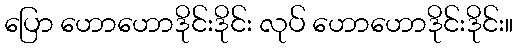
ပြော ဟောဟောဒိုင်းဒိုင်း လုပ် ဟောဟောဒိုင်းဒိုင်း။